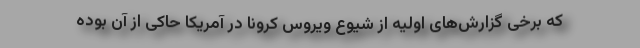
که برخی گزارش‌های اولیه از شیوع ویروس کرونا در آمریکا حاکی از آن بوده